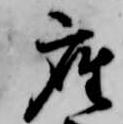
座